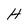
Character: H